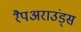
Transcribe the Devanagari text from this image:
रैपअराउंड्स